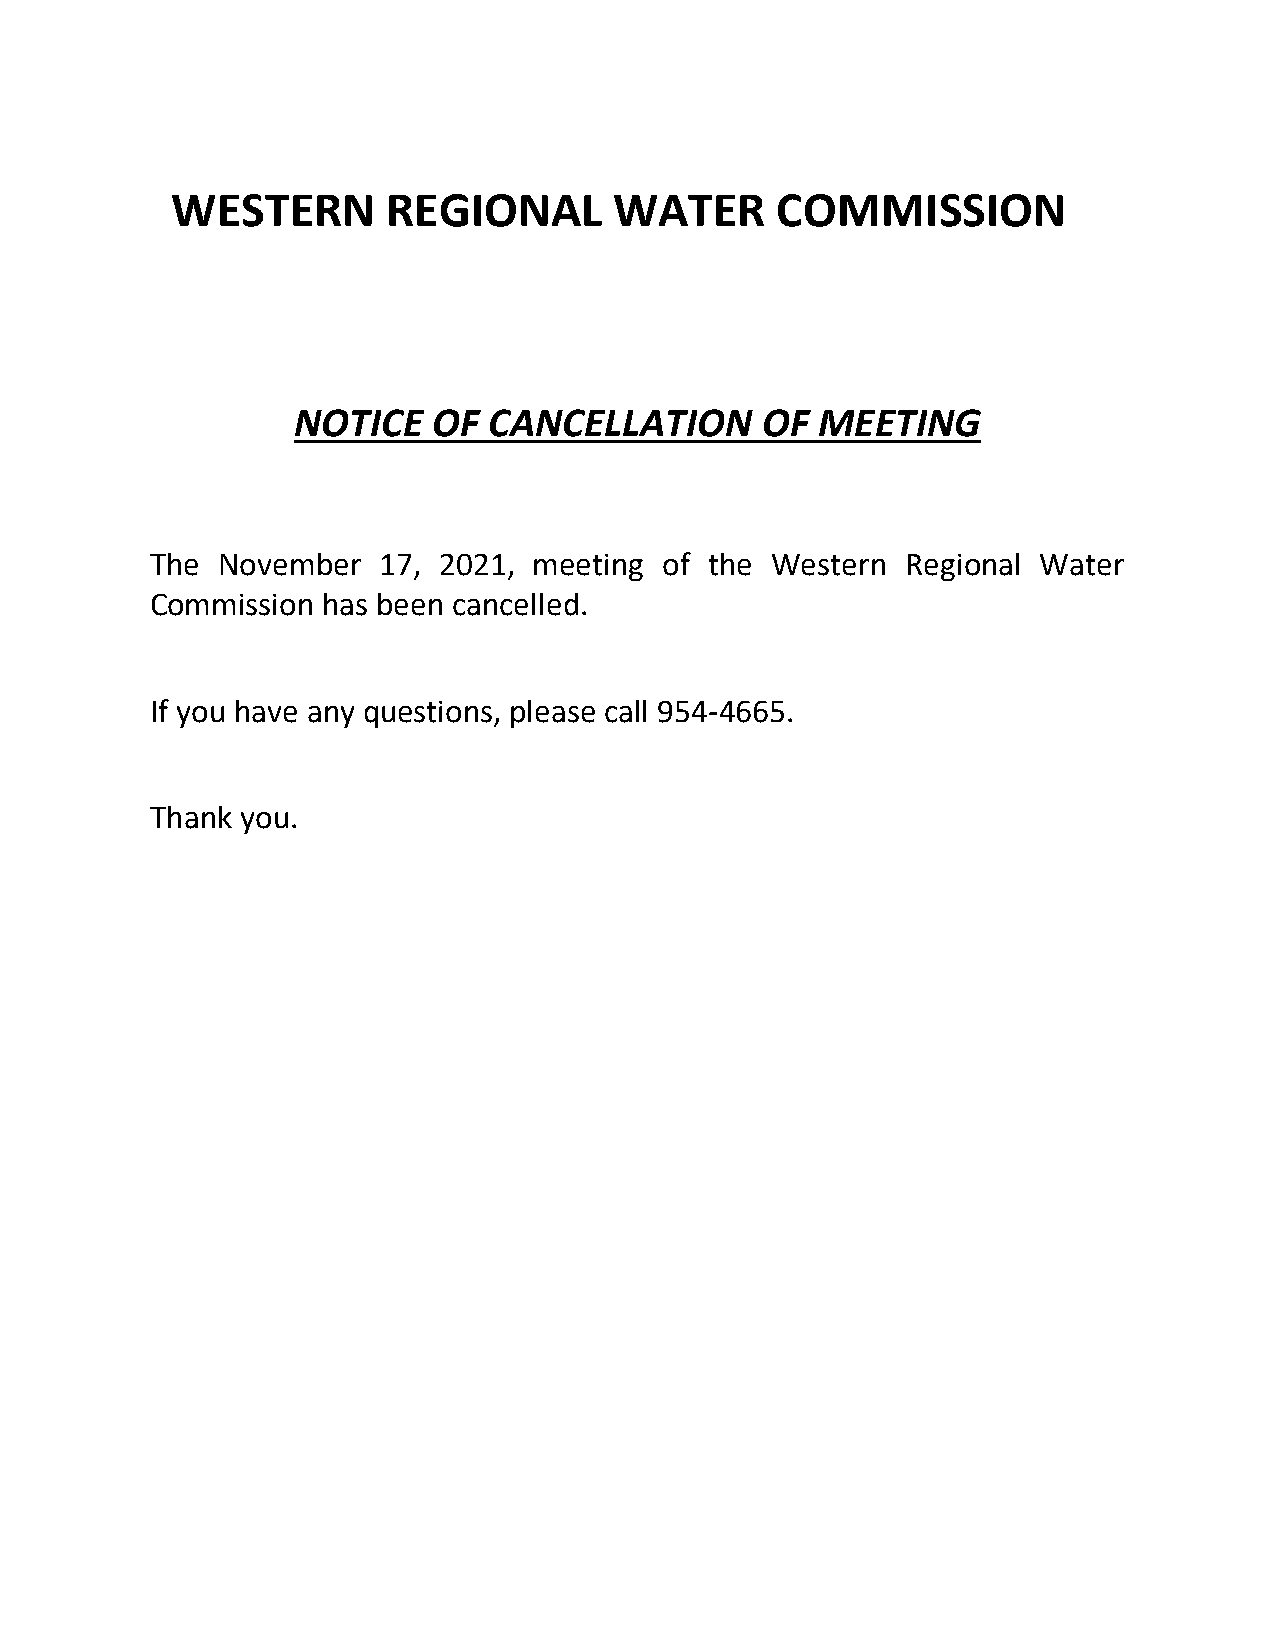
WESTERN        REGIONAL       WATER     COMMISSION
 NOTICE    OF CANCELLATION      OF  MEETING
 The November   17, 2021, meeting  of the Western  Regional Water
 Commission has been cancelled.
 If you have any questions, please call 954-4665.
 Thank you.